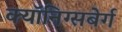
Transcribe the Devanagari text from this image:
क्यॉनिग्सबेर्ग